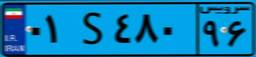
۷۹S۹۵۳۹۰